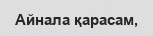
Айнала қарасам,